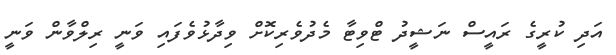
އަދި ކުރީގެ ރައީސް ނަޝީދު ޓްވިޓާ މެދުވެރިކޮށް ވިދާޅުވެފައި ވަނީ ރިލްވާން ވަނީ